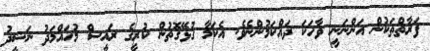
ފަރާތްތަކުން އަންނަނީ ވާހަކަ ދައްކަމުންނެވެ. އެކަމާ ގުޅޭގޮތުން ކުރީގެ ރައީސް މުހައްމަދު ނަޝީދު